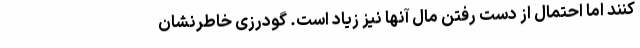
کنند اما احتمال از دست رفتن مال آنها نیز زیاد است. گودرزی خاطرنشان